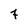
Character: 7